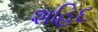
શહિદ